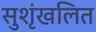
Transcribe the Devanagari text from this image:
सुशृंखलित